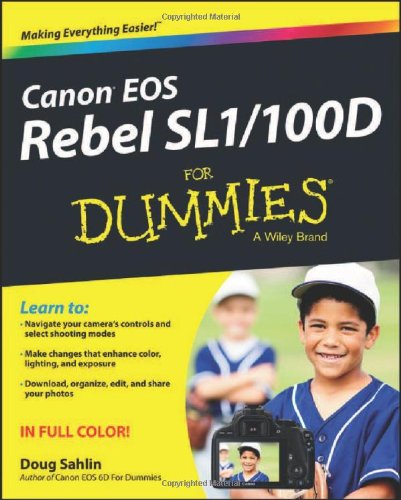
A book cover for Canon EOS Rebel SL1/100D For Dummies; Doug Sahlin; Computers & Technology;